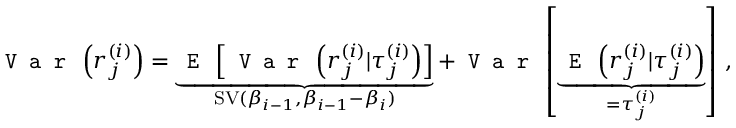
\texttt { V a r } \left( r _ { j } ^ { ( i ) } \right) = \underbrace { \texttt { E } \left[ \texttt { V a r } \left( r _ { j } ^ { ( i ) } | \tau _ { j } ^ { ( i ) } \right) \right] } _ { \operatorname { S V } ( \beta _ { i - 1 } , \beta _ { i - 1 } - \beta _ { i } ) } + \texttt { V a r } \left[ \underbrace { \texttt { E } \left( r _ { j } ^ { ( i ) } | \tau _ { j } ^ { ( i ) } \right) } _ { = \tau _ { j } ^ { ( i ) } } \right] \, ,